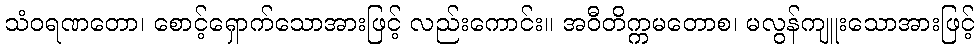
သံဝရဏတော၊ စောင့်ရှောက်သောအားဖြင့် လည်းကောင်း။ အဝီတိက္ကမတောစ၊ မလွန်ကျူးသောအားဖြင့်